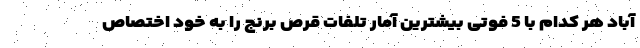
آباد هر کدام با 5 فوتی بیشترین آمار تلفات قرص برنج را به خود اختصاص